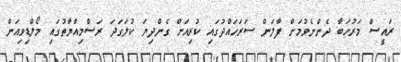
ރައީސް މަރުހަބާ ދެންނެވުމަށް ފާލަން ސަރަހައްދުގައި ކުރިއަށް ގެންދިޔަ ކުލަގަދަ ރަސްމިއްޔާތުގައި މޯލްޑިވިއަން